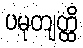
ပမုတျတ္ထိ